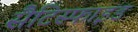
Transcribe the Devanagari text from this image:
सैटिस्फाइड